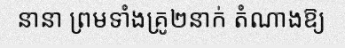
នានា ព្រមទាំងគ្រូ២នាក់ តំណាងឱ្យ